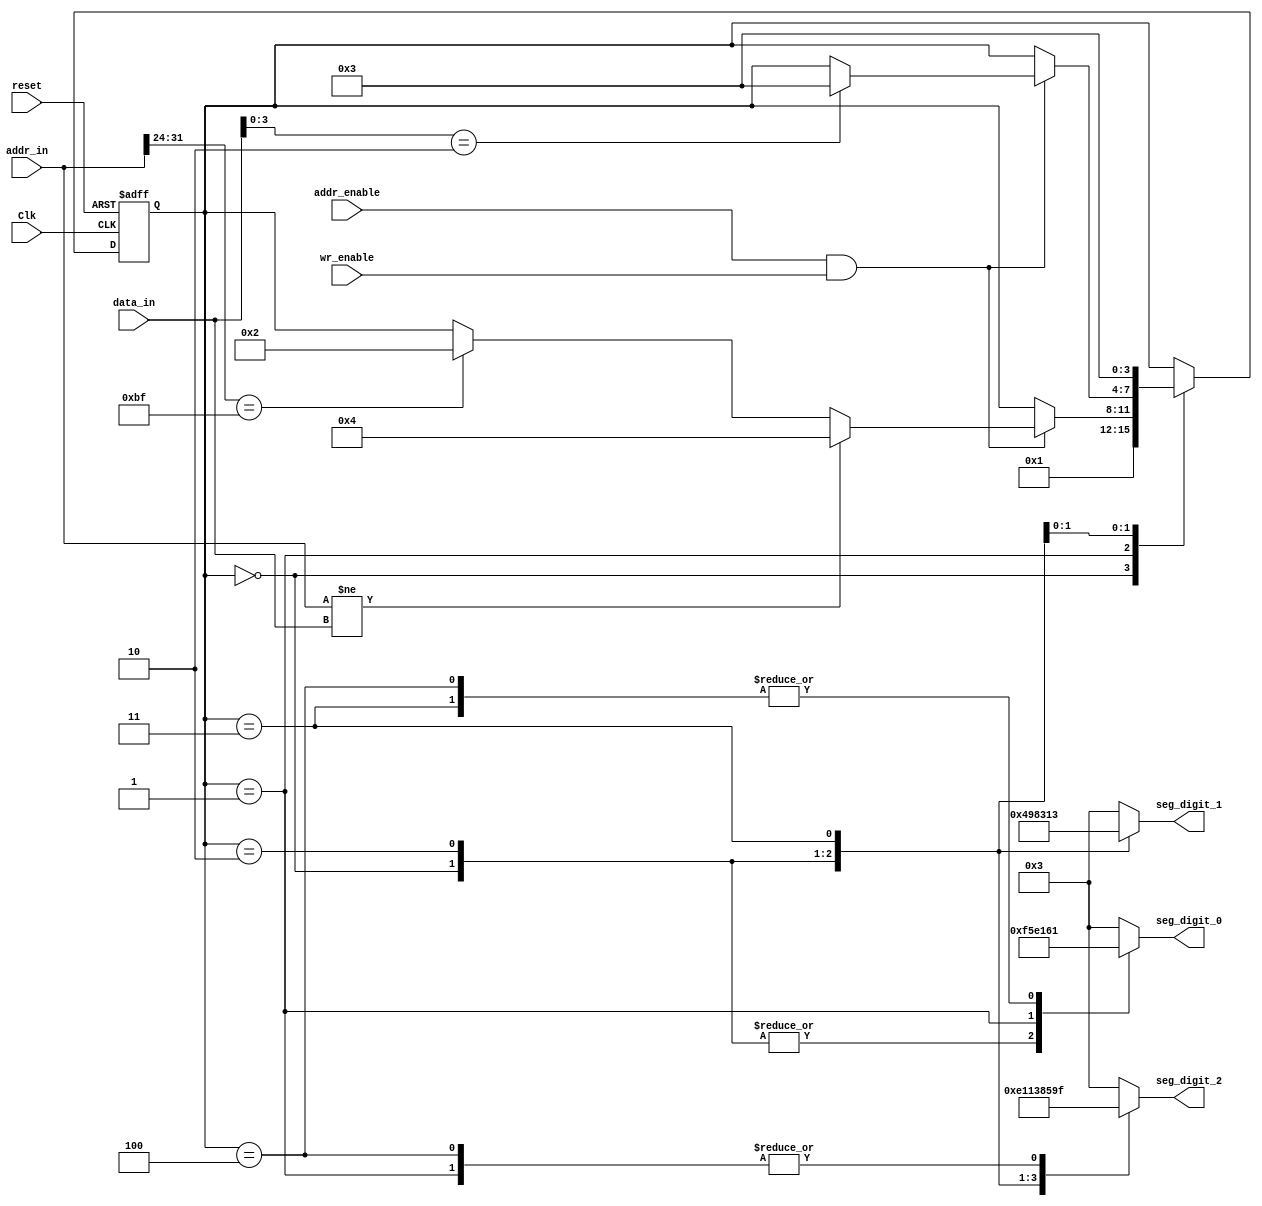
`timescale 1ns / 1ps
//////////////////////////////////////////////////////////////////////////////////
// Company: 
// Engineer: 
// 
// Design Name: 
// Module Name: StatusSevenSegment
// Project Name: 
// Target Devices: 
// Tool Versions: 
// Description: 
// 
// Dependencies: 
// 
// Revision:
// Revision 0.01 - File Created
// Additional Comments:
// 
//////////////////////////////////////////////////////////////////////////////////


module DebugSevenSegment(
    input        Clk,
    input        reset,
    input [31:0] data_in,
    input [31:0] addr_in,
    input        addr_enable,
    input        wr_enable,

    output reg [7:0] seg_digit_0,
    output reg [7:0] seg_digit_1,
    output reg [7:0] seg_digit_2
);

localparam [3:0] S_RST  = 0;
localparam [3:0] S_LW_TST = 1;
localparam [3:0] S_RUN  = 2;
localparam [3:0] S_END  = 3;

localparam [3:0] S_ERR_LW = 4;


//        a    
//      ____
//   f |    | b
//     |_g__| 
//   e |    | c
//     |____| .h
//       d
// 7-segment display
//                          abcd_efgh
localparam [7:0] SEG_R = 8'b1111_0101;
localparam [7:0] SEG_S = 8'b0100_1001;
localparam [7:0] SEG_T = 8'b1110_0001;
localparam [7:0] SEG_U = 8'b1000_0011;
localparam [7:0] SEG_N = 8'b0001_0011;
localparam [7:0] SEG_E = 8'b0110_0001;
localparam [7:0] SEG_D = 8'b1000_0101;
localparam [7:0] SEG_0 = 8'b0000_0011;
localparam [7:0] SEG_1 = 8'b1001_1111;

reg [3:0] P;
reg [3:0] P_next;


always @(*) begin
    P_next = P;
    case(P)
        S_RST: begin
            P_next = S_LW_TST;
        end
        S_LW_TST: begin
            if (addr_enable & wr_enable) begin
                if (addr_in != data_in) begin
                    P_next = S_ERR_LW;
                end
                else if (addr_in[31:24] == 8'hBF) begin
                    P_next = S_RUN;
                end
            end
        end
        S_RUN: begin
            if (addr_enable & wr_enable) begin
                if(data_in[3:0] == 4'h2) begin
                    P_next = S_END;
                end
            end
        end
        S_END: begin
            P_next = S_END;
        end
    endcase
end

always @(posedge Clk or posedge reset) begin
    if(reset) begin
        P <= S_RST;
    end else begin
        P <= P_next;
    end
end

always @(*) begin
    case(P)
        S_RST: begin
            seg_digit_0 = SEG_R;
            seg_digit_1 = SEG_S;
            seg_digit_2 = SEG_T;
        end
        S_RUN: begin
            seg_digit_0 = SEG_R;
            seg_digit_1 = SEG_U;
            seg_digit_2 = SEG_N;
        end
        S_END: begin
            seg_digit_0 = SEG_E;
            seg_digit_1 = SEG_N;
            seg_digit_2 = SEG_D;
        end
        S_LW_TST: begin
            seg_digit_0 = SEG_T;
            seg_digit_1 = SEG_0;
            seg_digit_2 = SEG_1;
        end
        S_ERR_LW: begin
            seg_digit_0 = SEG_E;
            seg_digit_1 = SEG_0;
            seg_digit_2 = SEG_1;
        end
        default: begin
            seg_digit_0 = SEG_0;
            seg_digit_1 = SEG_0;
            seg_digit_2 = SEG_0;
        end
    endcase
end



endmodule